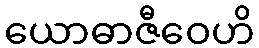
ယောဓာဇီဝေဟိ